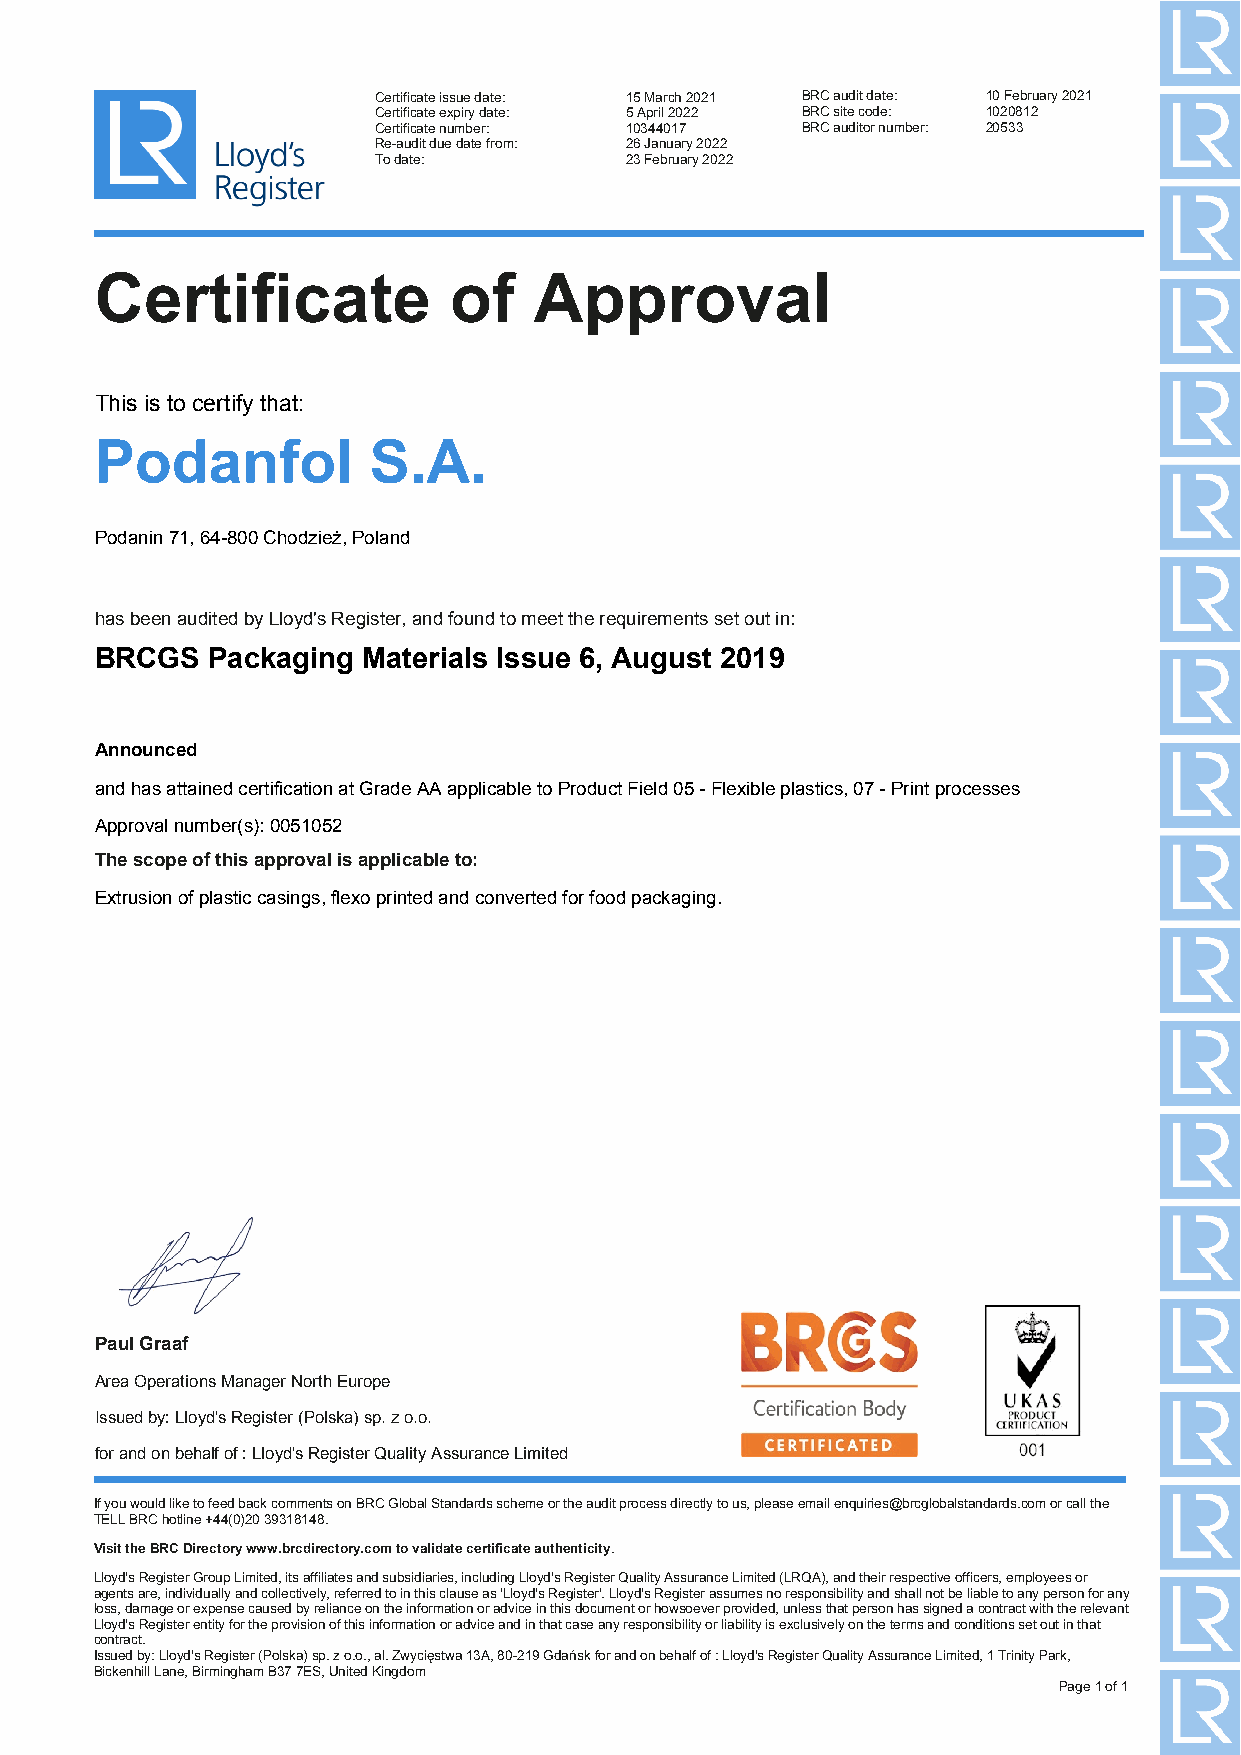
Certificate issue date: 15 March 2021 BRC audit date: 10 February 2021
 Certificate expiry date: 5 April 2022 BRC site code: 1020812
 Certificate number: 10344017 BRC auditor number: 20533
 Re-audit due date from: 26 January 2022
 To date:        23 February 2022
 Certificate             of   Approval
 This is to certify that:
 Podanfol          S.A.
 Podanin 71, 64-800 Chodzież, Poland
 has been audited by Lloyd's Register, and found to meet the requirements set out in:
 BRCGS   Packaging Materials Issue 6, August 2019
 Announced
 and has attained certification at Grade AA applicable to Product Field 05 - Flexible plastics, 07 - Print processes
 Approval number(s): 0051052
 The scope of this approval is applicable to:
 Extrusion of plastic casings, flexo printed and converted for food packaging.
 Paul Graaf
 Area Operations Manager North Europe
 Issued by: Lloyd's Register (Polska) sp. z o.o.
 for and on behalf of : Lloyd's Register Quality Assurance Limited
 If you would like to feed back comments on BRC Global Standards scheme or the audit process directly to us, please email enquiries@brcglobalstandards.com or call the
 TELL BRC hotline +44(0)20 39318148.
 Visit the BRC Directory www.brcdirectory.com to validate certificate authenticity.
 Lloyd's Register Group Limited, its affiliates and subsidiaries, including Lloyd's Register Quality Assurance Limited (LRQA), and their respective officers, employees or
 agents are, individually and collectively, referred to in this clause as 'Lloyd's Register'. Lloyd's Register assumes no responsibility and shall not be liable to any person for any
 loss, damage or expense caused by reliance on the information or advice in this document or howsoever provided, unless that person has signed a contract with the relevant
 Lloyd's Register entity for the provision of this information or advice and in that case any responsibility or liability is exclusively on the terms and conditions set out in that
 contract.
 Issued by: Lloyd's Register (Polska) sp. z o.o., al. Zwycięstwa 13A, 80-219 Gdańsk for and on behalf of : Lloyd's Register Quality Assurance Limited, 1 Trinity Park,
 Bickenhill Lane, Birmingham B37 7ES, United Kingdom
 Page 1 of 1